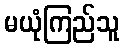
မယုံကြည်သူ